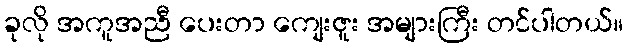
ခုလို အကူအညီ ပေးတာ ကျေးဇူး အများကြီး တင်ပါတယ်။